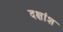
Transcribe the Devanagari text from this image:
दक्षांश